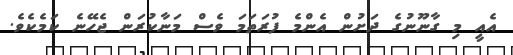
އެއީ މި ގާނޫނުގެ ދަށުން އެންމެ ފުރަތަމަ ވެސް މަނާކުރަން ޖެހޭނެ ކަމެކެވެ.